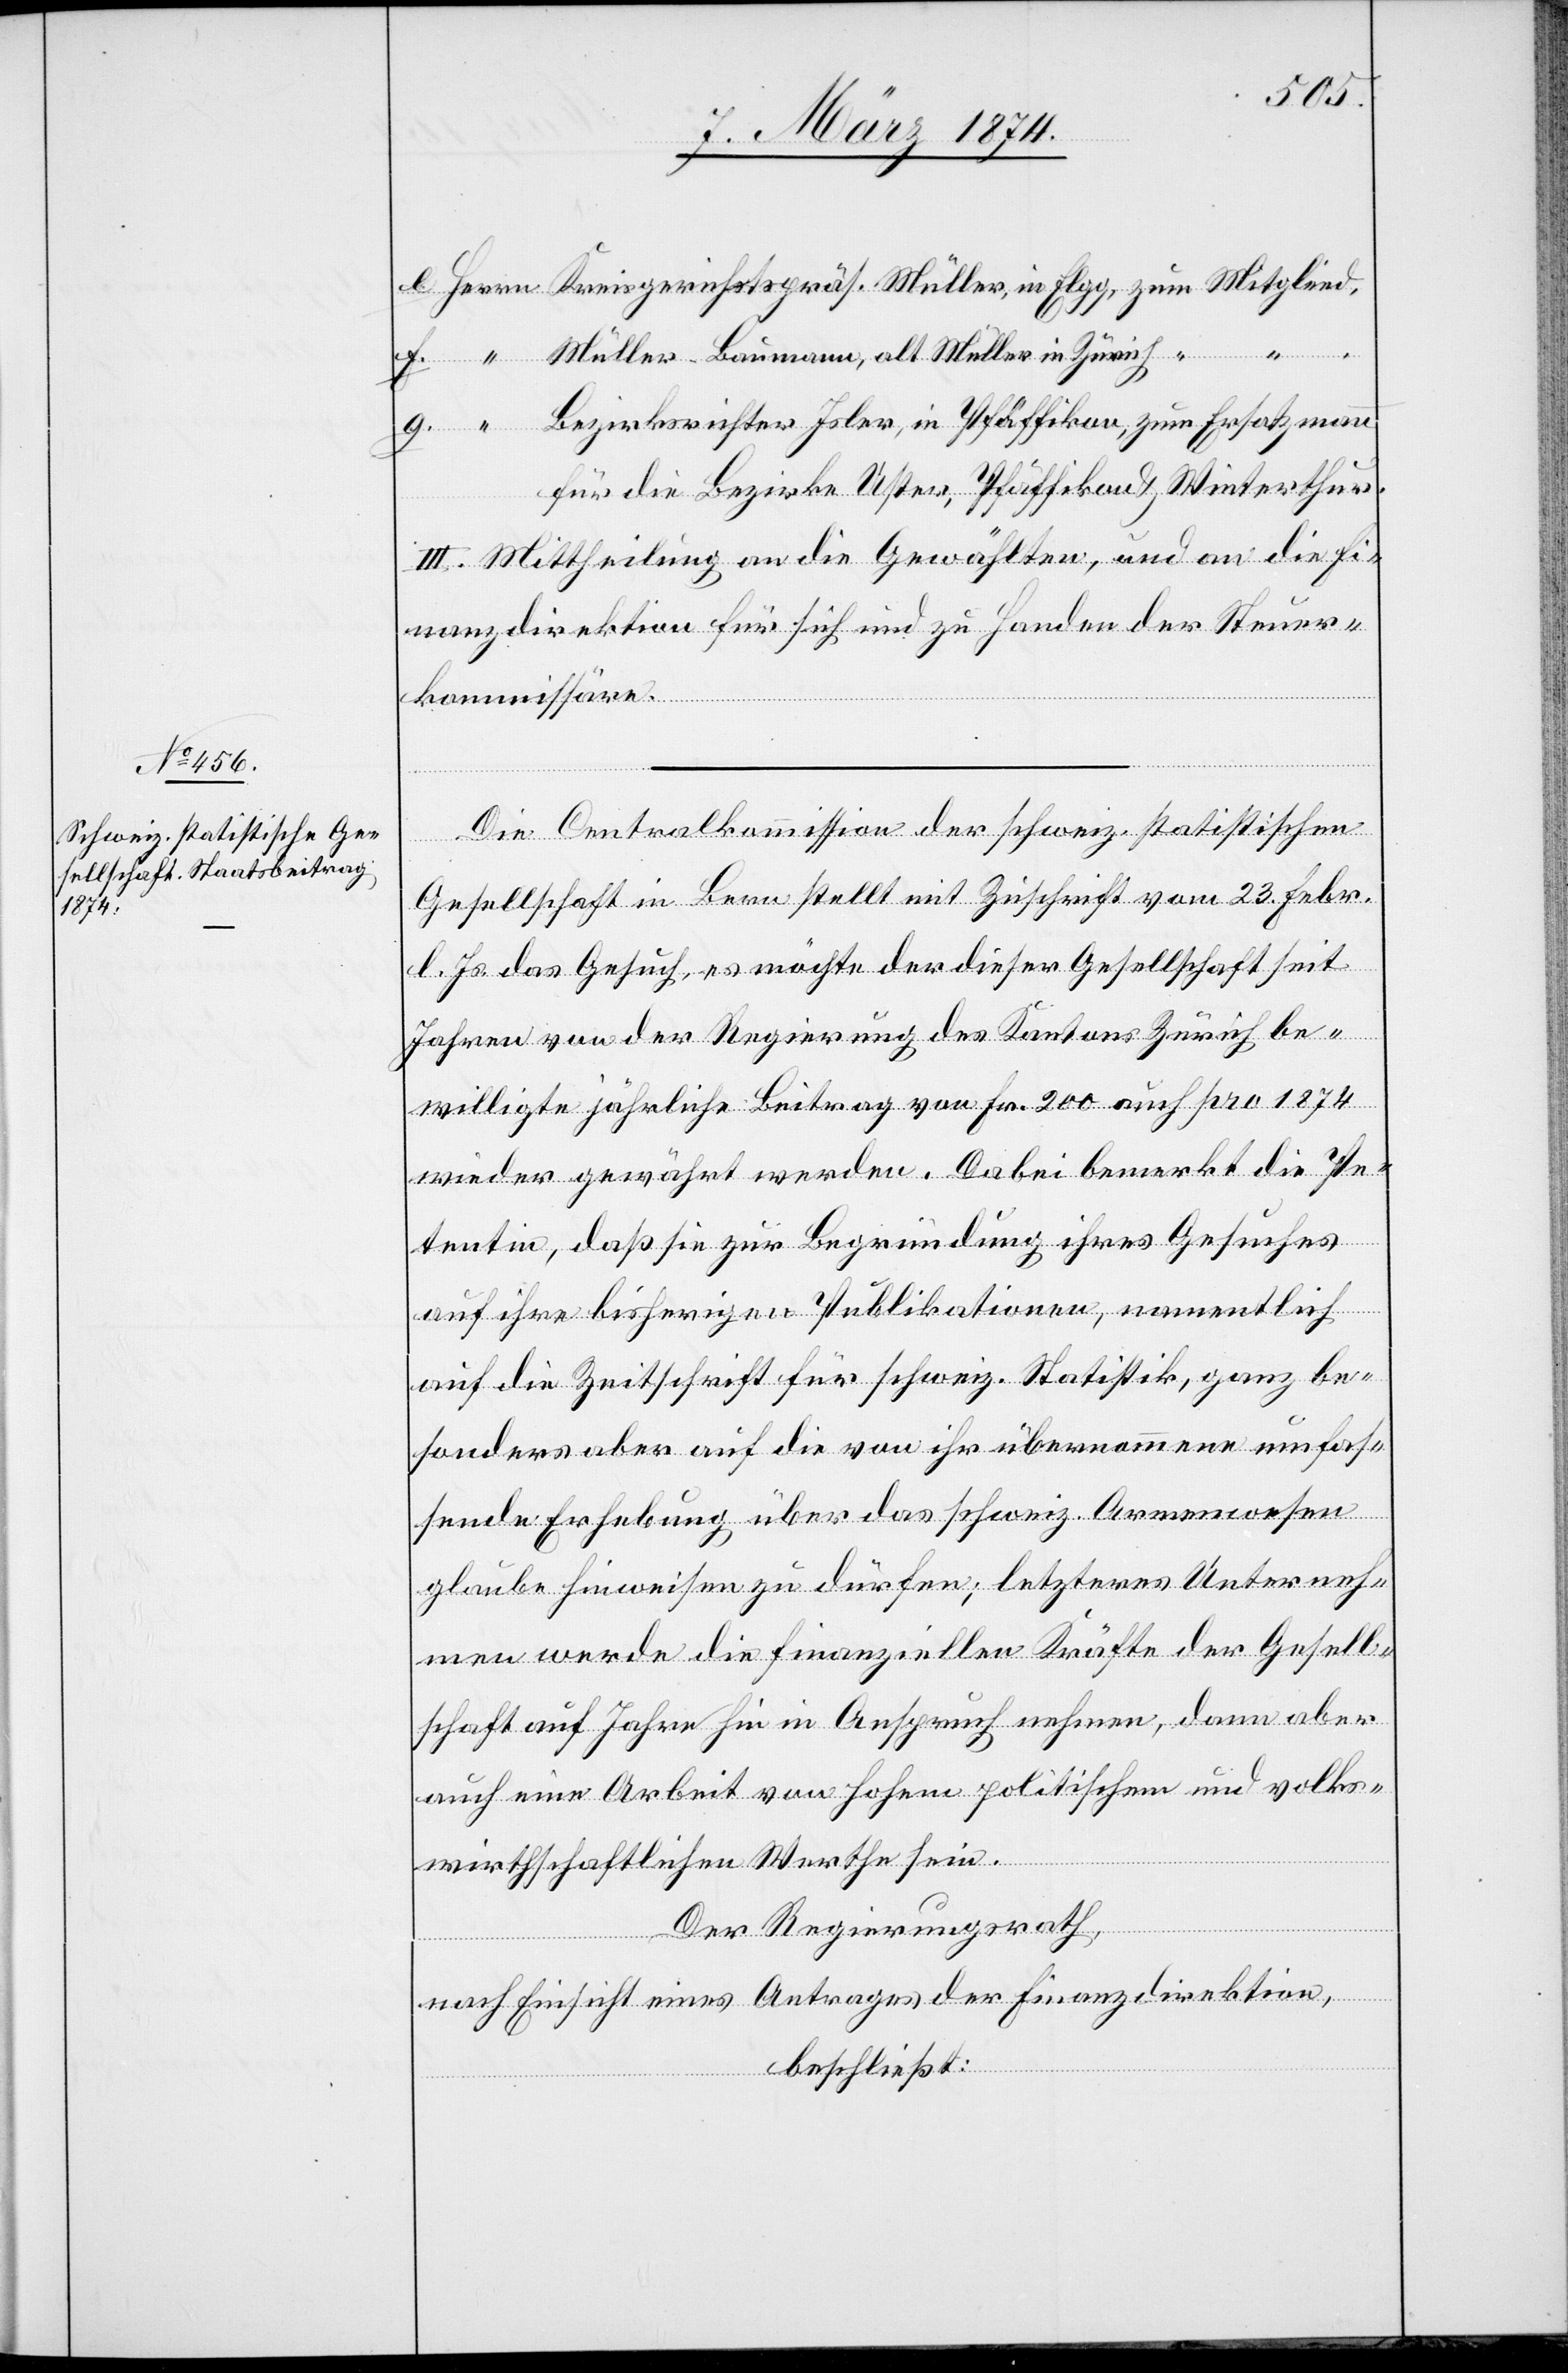
sion.
e. Herr Kreisgerichtspräs. Müller, in Elgg, zum Mitglied,
f. “ Müller-Baumann, alt Müller in Zürich “
g. “ Bezirksrichter Isler, in Pfäffikon, zum Ersatzmann
für die Bezirke Uster, Pfäffikon u. Winterthur.
III. Mittheilung an die Gewählten, und an die Fi¬
nanzdirektion für sich und zu Handen der Steuer¬
Die Centralkommission der schweiz. statistischen
Gesellschaft in Bern stellt mit Zuschrift vom 23. Febr.
l. Js. das Gesuch, es möchte der dieser Gesellschaft seit
Jahren von der Regierung des Kantons Zürich be¬
willigte jährliche Beitrag von Fr. 200 auch pro 1874
wieder gewährt werden. Dabei bemerkt die Pe¬
tentin, daß sie zur Begründung ihres Gesuches
auf ihre bisherigen Publikationen, namentlich
auf die Zeitschrift für schweiz. Statistik, ganz be¬
sonders aber auf die von ihr übernommene umfas¬
sende Erhebung über das schweiz. Armenwesen
glaube hinweisen zu dürfen; letzteres Unterneh¬
men werde die finanziellen Kräfte der Gesell¬
schaft auf Jahre hin in Anspruch nehmen, dann aber
auch eine Arbeit von hohem politischem und volks¬
wirthschaftlichen [sic!] Werthe sein.
Der Regierungsrath,
nach Einsicht eines Antrages der Finanzdirektion,
beschließt: